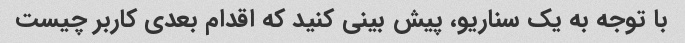
با توجه به یک سناریو، پیش بینی کنید که اقدام بعدی کاربر چیست